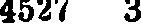
4527 3